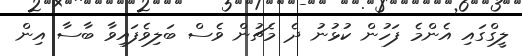
ލީގްގައި އެންމެ ފަހުން ކުޅުނު ދެ މެޗުން ވެސް ބަލިވެފައިވާ ބާސާ އިން